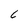
Character: 6